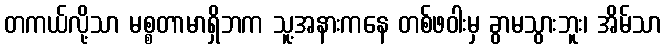
တကယ်လို့သာ မစ္စတာမာရှိဘက သူ့အနားကနေ တစ်ဖဝါးမှ ခွာမသွားဘူး၊ အိမ်သာ